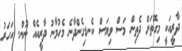
ދާރީއަކީ މިގޮތަށް ދެތިން މަސް ވިޔަސް ކެނޑިގެންދާނެ މެހުމާނު ދާރީއެއް ނޫން. އަހަރު